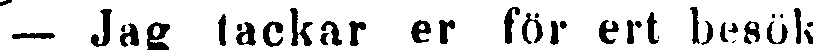
— Jag tackar er för ert besök